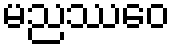
မညဿဝေ